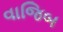
વાજિબ